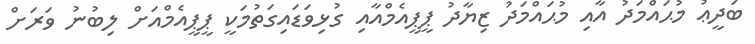
ބަދީޢު މުޙައްމަދު އާއި މުޙައްމަދު ޒިޔާދު ޕީޕީއެމްއާއި ގުޅިވަޑައިގަތުމަކީ ޕީޕީއެމްއަށް ލިބުނު ވަރަށް